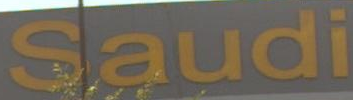
Saudi